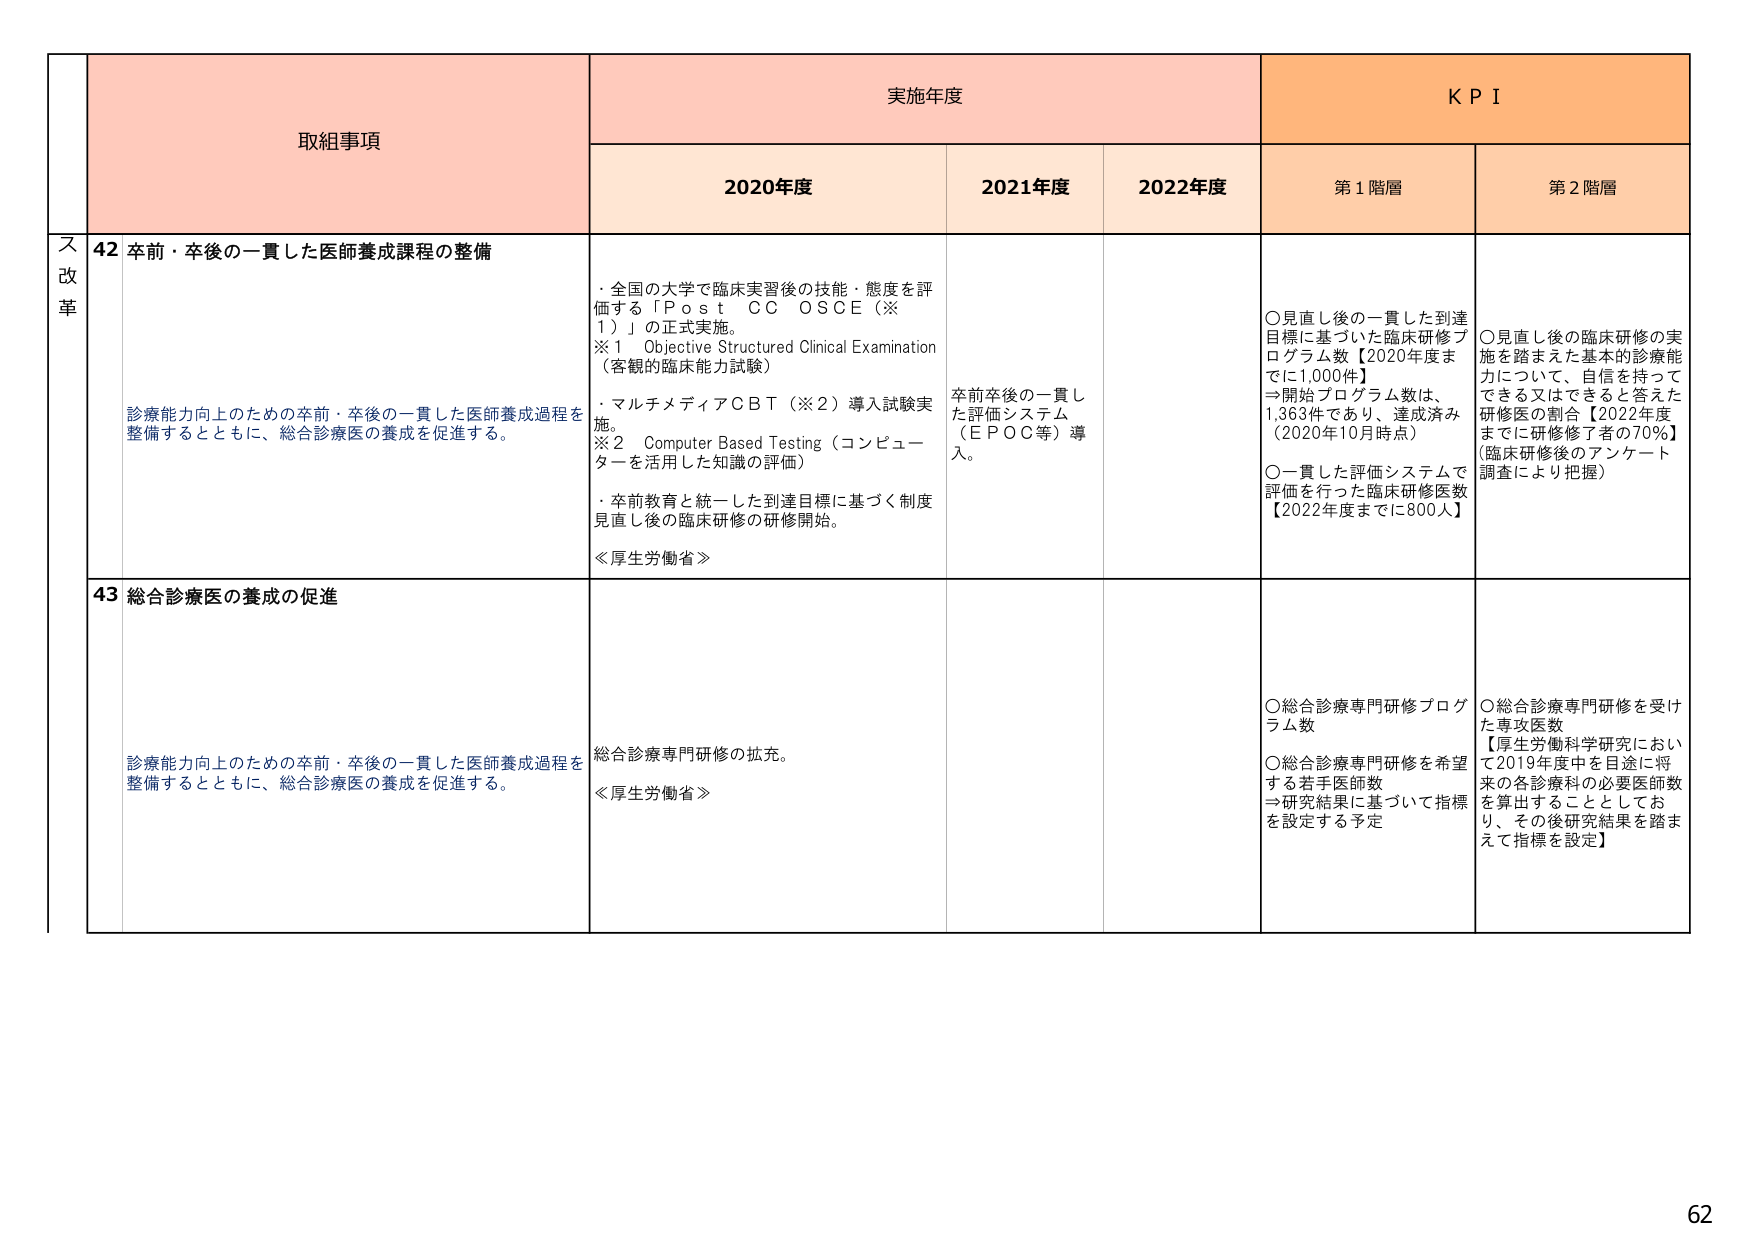
取組事項
実施年度
KPI
2020年度
2021年度
2022年度
第1階層
第2階層
ス改革
42 卒前・卒後の一貫した医師養成課程の整備
診療能力向上のための卒前・卒後の一貫した医師養成過程を整備するとともに、総合診療医の養成を促進する。
・全国の大学で臨床実習後の技能・態度を評価する「Post CC OSCE（※1）」の正式実施。
※1 Objective Structured Clinical Examination（客観的臨床能力試験）
・マルチメディアCBT（※2）導入試験実施。
※2 Computer Based Testing（コンピューターを活用した知識の評価）
・卒前教育と統一した到達目標に基づく制度見直し後の臨床研修の研修開始。
≪厚生労働省≫
卒前卒後の一貫した評価システム（EPOC等）導入。
〇見直し後の⼀貫した到達⽬標に基づいた臨床研修プログラム数【2020年度まで1,000件】
⇒開始プログラム数は、1,363件であり、達成済み（2020年10月時点）
〇⼀貫した評価システムで評価を行った臨床研修医数【2022年度までに800人】
〇見直し後の臨床研修の実施を踏まえた基本的診療能力について、自信を持ってできる又はできると答えた研修医の割合【2022年度までに研修修了者の70%】（臨床研修後のアンケート調査により把握）
43 総合診療医の養成の促進
診療能力向上のための卒前・卒後の一貫した医師養成過程を整備するとともに、総合診療医の養成を促進する。
総合診療専門研修の拡充。
≪厚生労働省≫
〇総合診療専門研修プログラム数
〇総合診療専門研修を希望する若手医師数
⇒研究結果に基づいて指標を設定する予定
〇総合診療専門研修を受けた専攻医数
【厚生労働科学研究において2019年度中を目途に将来の各診療科の必要医師数を算出することとしており、その後研究結果を踏まえて指標を設定】
62